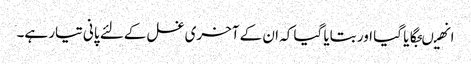
انھیںجگایا گیا اور بتایا گیا کہ ان کے آخری غسل کےلئے پانی تیار ہے۔